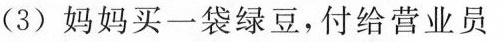
(3)妈妈买一袋绿豆，付给营业员